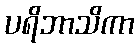
ပရိဘာသိကာ